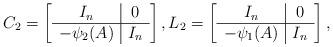
LaTeX: \begin{align*}C_{2}= \left[\begin{array}[c]{c|c}I_{n} & 0\\\hline-\psi_{2}(A) & I_{n}\end{array}\right] ,L_{2}= \left[\begin{array}[c]{c|c}I_{n} & 0\\\hline-\psi_{1}(A) & I_{n}\end{array}\right],\end{align*}